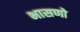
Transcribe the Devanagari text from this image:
भासणो